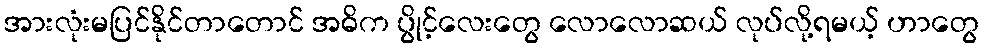
အားလုံးမပြင်နိုင်တာတောင် အဓိက ပွိုင့်လေးတွေ လောလောဆယ် လုပ်လို့ရမယ့် ဟာတွေ